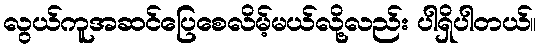
လွယ်ကူအဆင်ပြေစေလိမ့်မယ်လို့လည်း ပါရှိပါတယ်။